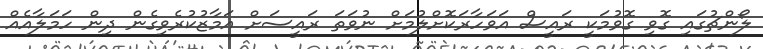
ލޯންޗުގައި ގޮވި ގޮވުމަކީ ރައީސް އަވަހާރަކޮށްލުމަށް ނުވަތަ ރައީސަށް އަމާޒުކުރެވިގެން ދިން ހަމަލާއެއް